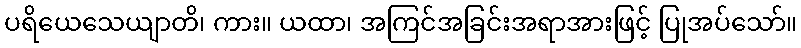
ပရိယေသေယျာတိ၊ ကား။ ယထာ၊ အကြင်အခြင်းအရာအားဖြင့် ပြုအပ်သော်။